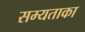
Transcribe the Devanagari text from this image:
सम्यताका